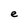
Character: e